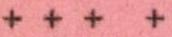
+++ +